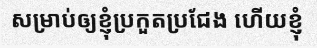
សម្រាប់ឲ្យខ្ញុំប្រកួតប្រជែង ហើយខ្ញុំ